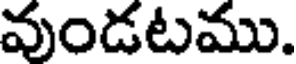
వుండటము.